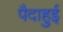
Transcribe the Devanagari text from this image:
पैदाहुई